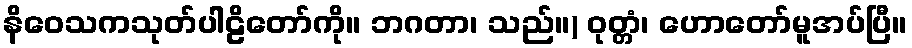
နိဝေသကသုတ်ပါဠိတော်ကို။ ဘဂတာ၊ သည်။) ဝုတ္တံ၊ ဟောတော်မူအပ်ပြီ။